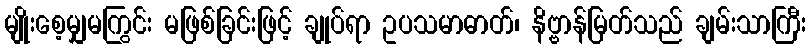
မျိုးစေ့မျှမကြွင်း မဖြစ်ခြင်းဖြင့် ချုပ်ရာ ဥပသမာဓာတ်၊ နိဗ္ဗာန်မြတ်သည် ချမ်းသာကြီး